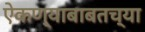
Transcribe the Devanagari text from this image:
ऐकण्याबाबतच्या